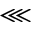
\lll